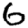
Digit: 6